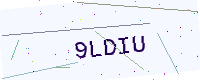
Text: 9LDIU